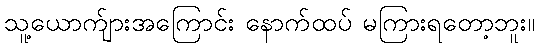
သူ့ယောက်ျားအကြောင်း နောက်ထပ် မကြားရတော့ဘူး။